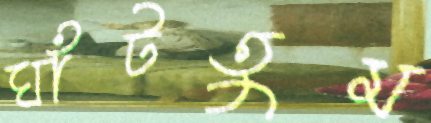
ঘাঁটতুম